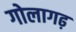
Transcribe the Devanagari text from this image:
गोलागढ़